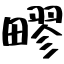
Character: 疁